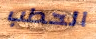
الحطب